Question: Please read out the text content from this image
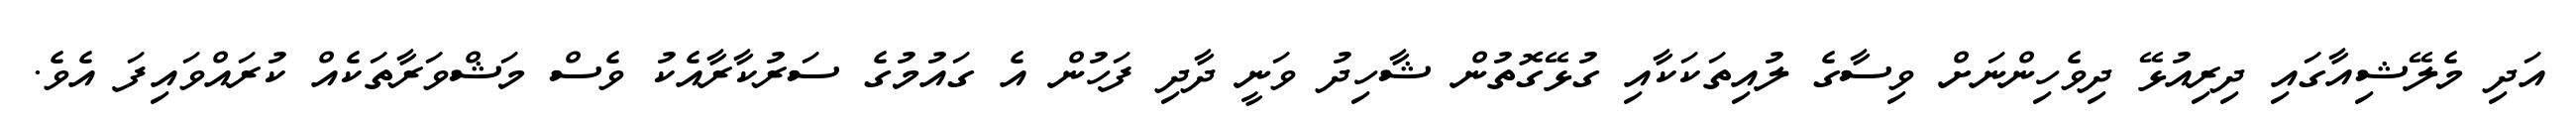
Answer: އަދި މެލޭޝިއާގައި ދިރިއުޅޭ ދިވެހިންނަށް ވިސާގެ ލުއިތަކަކާއި ގުޅޭގޮތުން ޝާހިދު ވަނީ ދާދި ފަހުން އެ ގައުމުގެ ސަރުކާރާއެކު ވެސް މަޝްވަރާތަކެއް ކުރައްވައިފަ އެވެ.